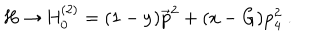
\mathrm { H \to H _ { 0 } ^ { ( 2 ) } = ( 1 - y ) \vec { p } ^ { 2 } + ( x - G ) p _ { 4 } ^ { 2 } ~ . }